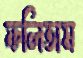
ফলিতাম